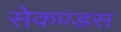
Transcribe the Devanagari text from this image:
सेकण्डस